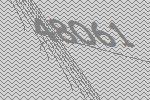
48061